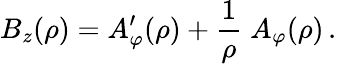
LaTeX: B_{z}(\rho)=A_{\varphi}^{\prime}(\rho)+{\frac{1}{\rho}}\; A_{\varphi}(\rho)\, .